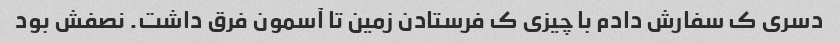
دسری ک سفارش دادم با چیزی ک فرستادن زمین تا آسمون فرق داشت. نصفش بود